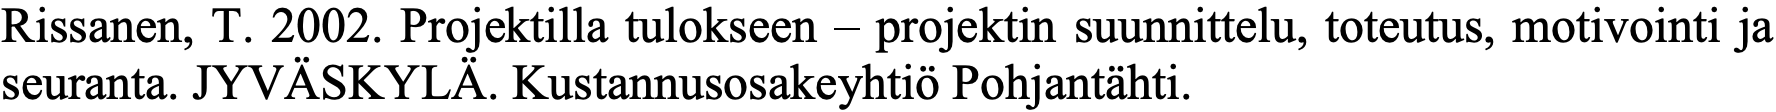
Rissanen, T. 2002. Projektilla tulokseen – projektin suunnittelu, toteutus, motivointi ja seuranta. JYVÄSKYLÄ. Kustannusosakeyhtiö Pohjantähti.